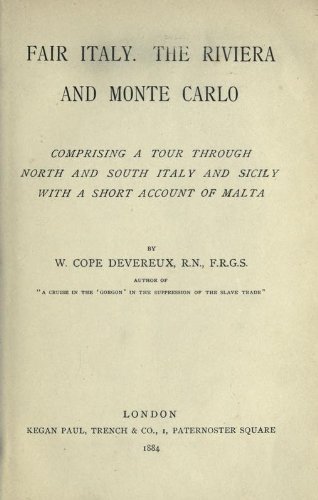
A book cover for Fair Italy, The Riviera And Monte Carlo: Comprising A Tour Through North And South Italy And Sicily With A Short Account Of Malta; W. Cope (William Cope) Devereux; Travel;